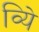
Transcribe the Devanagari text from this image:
व्यिे